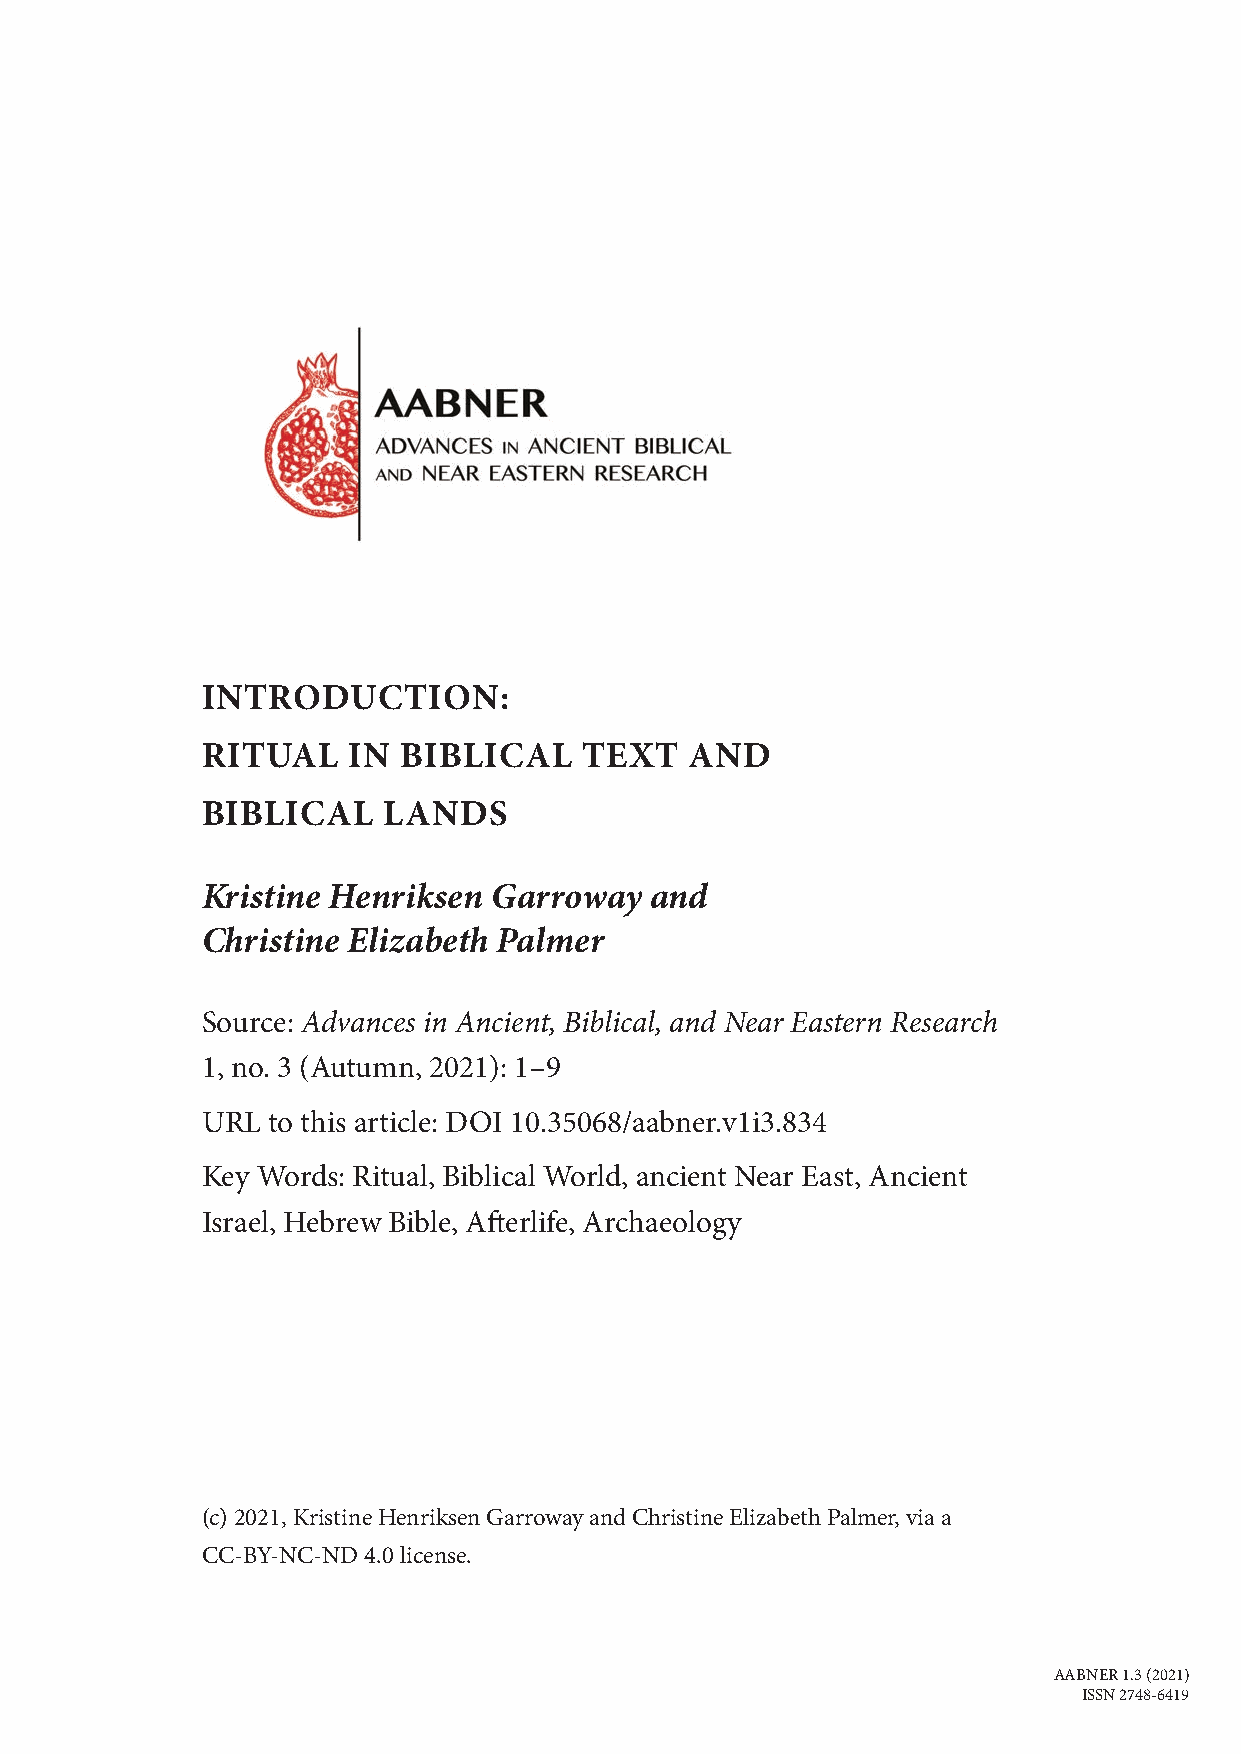
INTRODUCTION:
 RITUAL    IN BIBLICAL     TEXT   AND
 BIBLICAL    LANDS
 Kristine Henriksen  Garroway  and
 Christine Elizabeth Palmer
 Source: Advances in Ancient, Biblical, and Near Eastern Research
 1, no. 3 (Autumn, 2021): 1–9
 URL  to this article: DOI 10.35068/aabner.v1i3.834
 Key Words: Ritual, Biblical World, ancient Near East, Ancient
 Israel, Hebrew Bible, Afterlife, Archaeology
 (c) 2021, Kristine Henriksen Garroway and Christine Elizabeth Palmer, via a
 CC-BY-NC-ND 4.0 license.
 AABNER 1.3 (2021)
 ISSN 2748-6419